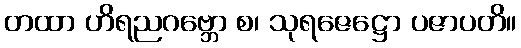
တထာ ဟိရညဂဗ္ဘော စ၊ သုရဇေဋ္ဌော ပဇာပတိ။